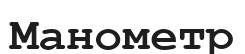
Манометр